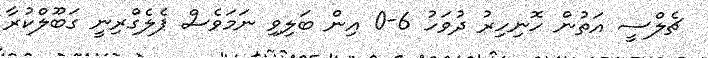
ޗެލްސީ އަތުން ހޮނިހިރު ދުވަހު 6-0 އިން ބަލިވި ނަމަވެސް ޕެލެގްރިނީ ގަބޫލްކުރާ